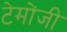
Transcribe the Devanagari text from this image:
टेमोंजी